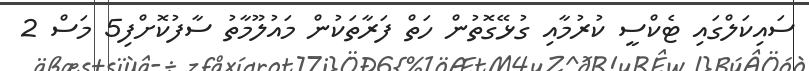
ސައިކަލްގައި ޓެކްސީ ކުރުމާއި ގުޅޭގޮތުން ހަތް ފަރާތަކުން މައުލޫމާތު ސާފުކޮށްފި5 މަސް 2